Vaccination in Burma 1900-1911 - 1900-1911
Year: 1900
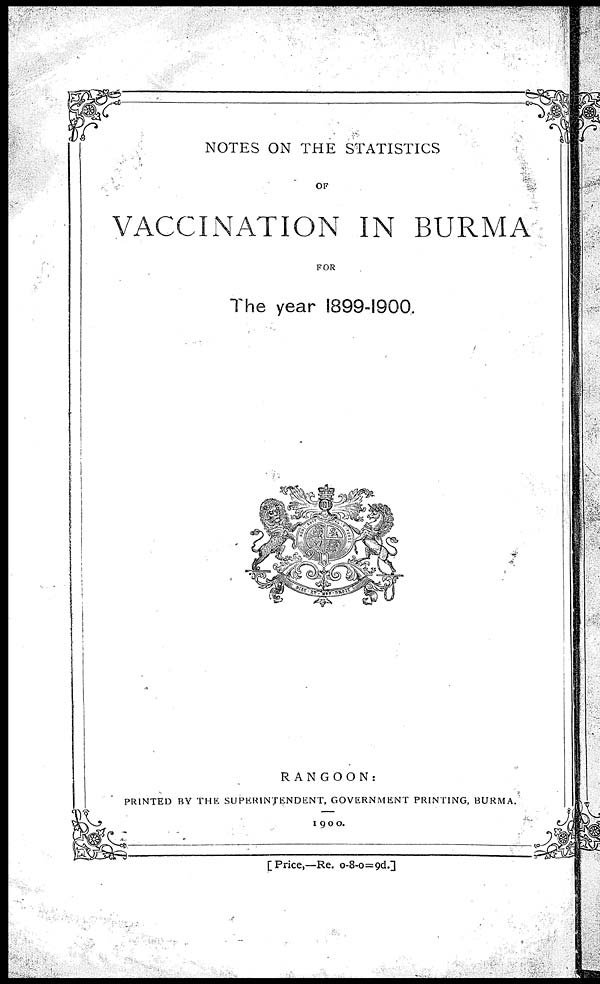
NOTES ON THE STATISTICS
OF
VACCINATION IN BURMA
FOR
The year 1899-1900.
RANGOON:
PRINTED BY THE SUPERINTENDENT, GOVERNMENT PRINTING, BURMA.
1900.
[Price,—Re. 0-8-0=9d.]